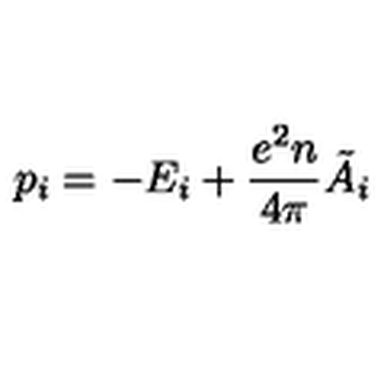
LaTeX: p _ { i } = - E _ { i } + \frac { e ^ { 2 } n } { 4 \pi } \tilde { A } _ { i }